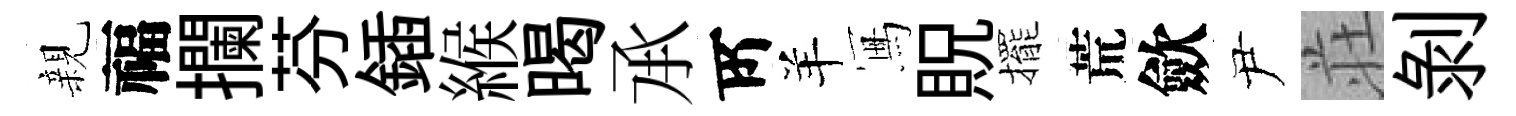
親福攔芬鍤緱暍𠄘𠩄羊冩貺擺荒歛尹荘剝